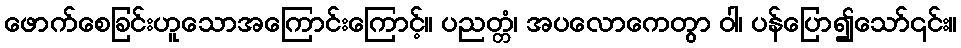
ဖောက်စေခြင်းဟူသောအကြောင်းကြောင့်။ ပညတ္တံ၊ အပလောကေတွာ ဝါ၊ ပန်ပြော၍သော်၎င်း။